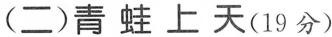
(二)青蛙上天(19分)